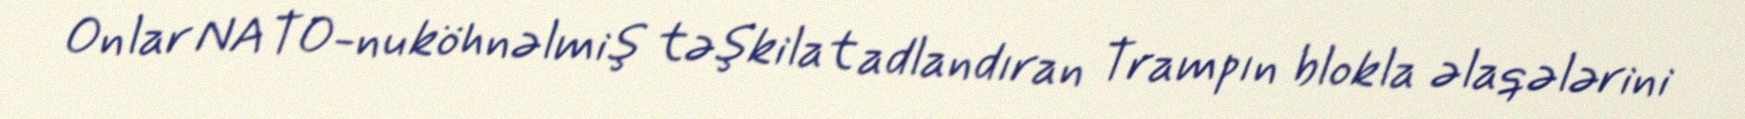
Onlar NATO-nu köhnəlmiş təşkilat adlandıran Trampın blokla əlaqələrini